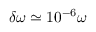
\delta \omega \simeq 1 0 ^ { - 6 } \omega